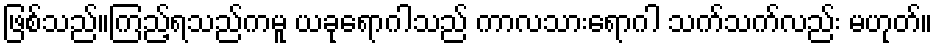
ဖြစ်သည်။ကြည့်ရသည်ကမူ ယခုရောဂါသည် ကာလသားရောဂါ သက်သက်လည်း မဟုတ်။